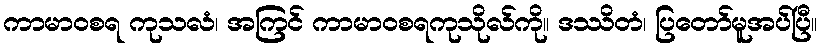
ကာမာဝစရ ကုသလံ၊ အကြင် ကာမာဝစရကုသိုလ်ကို။ ဒဿိတံ၊ ပြတော်မူအပ်ပြီ။